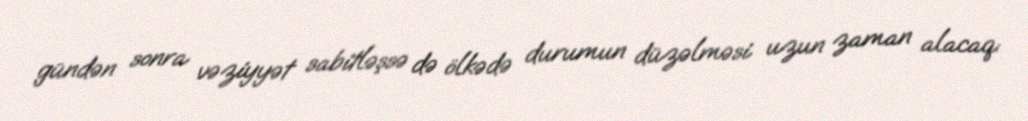
gündən sonra vəziyyət sabitləşsə də ölkədə durumun düzəlməsi uzun zaman alacaq: